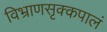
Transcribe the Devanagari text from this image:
विभ्राणसृक्कपालं